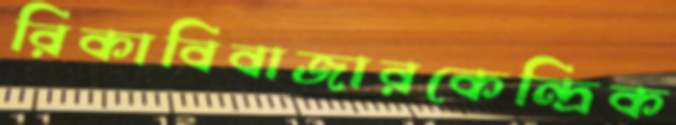
রিকাবিবাজারকেন্দ্রিক